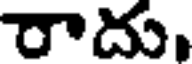
రాదు,